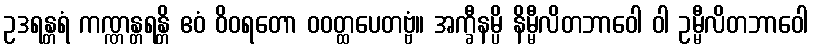
ဥဒရန္တရံ ကဏ္ဏန္တရန္တိ ဧဝံ ဝိဝရတော ဝဝတ္ထပေတဗ္ဗံ။ အက္ခီနမ္ပိ နိမ္မီလိတဘာဝေါ ဝါ ဥမ္မီလိတဘာဝေါ